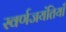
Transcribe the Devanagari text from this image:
स्वर्णजयंतियाँ